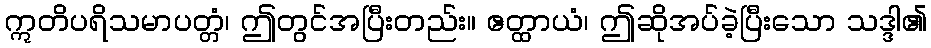
ဣတိပရိသမာပတ္တံ၊ ဤတွင်အပြီးတည်း။ ဧတ္ထာယံ၊ ဤဆိုအပ်ခဲ့ပြီးသော သဒ္ဒါ၏